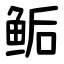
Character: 鲘